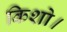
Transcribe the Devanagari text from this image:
किशो।